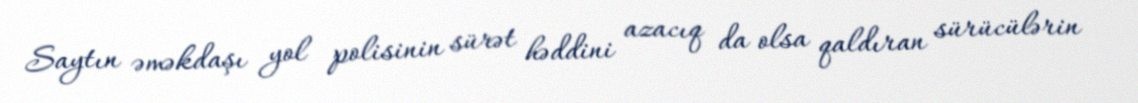
Saytın əməkdaşı yol polisinin sürət həddini azacıq da olsa qaldıran sürücülərin